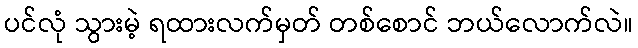
ပင်လုံ သွားမဲ့ ရထားလက်မှတ် တစ်စောင် ဘယ်လောက်လဲ။